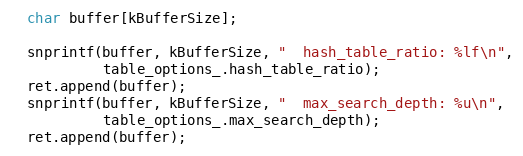
Language: C++
  char buffer[kBufferSize];

  snprintf(buffer, kBufferSize, "  hash_table_ratio: %lf\n",
           table_options_.hash_table_ratio);
  ret.append(buffer);
  snprintf(buffer, kBufferSize, "  max_search_depth: %u\n",
           table_options_.max_search_depth);
  ret.append(buffer);